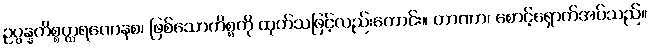
ဥပ္ပန္နကိစ္စတ္ထရဏေနစ၊ ဖြစ်သောကိစ္စကို ထုတ်သဖြင့်လည်းကောင်း။ တာဏာ၊ စောင့်ရှောက်အပ်သည်။